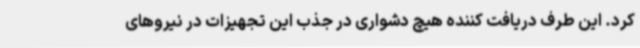
کرد. این طرف دریافت کننده هیچ دشواری در جذب این تجهیزات در نیروهای